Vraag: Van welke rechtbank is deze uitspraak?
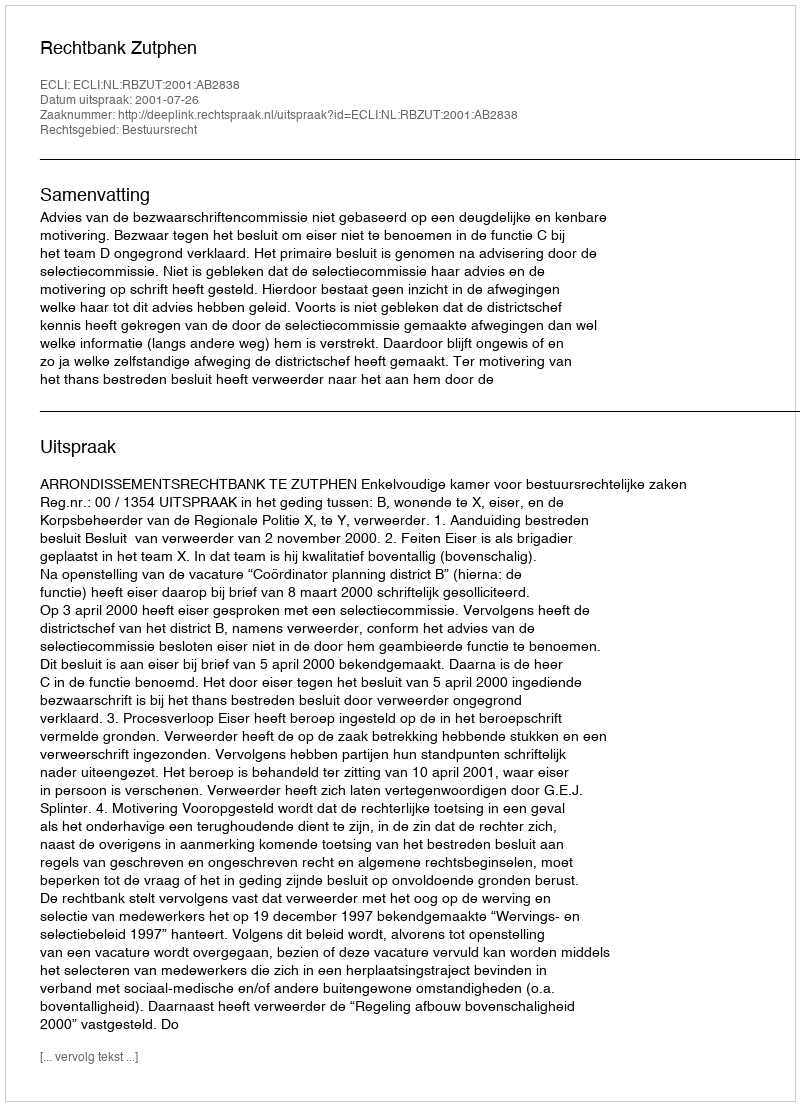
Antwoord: Rechtbank Zutphen